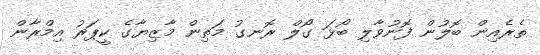
ތެރެއިން ބޮލުން ފޮނުވާލި ބޯޅަ ގޯލް ރޮނގު މަތިން މާޒިޔާގެ ކީޕަރު އިމްރާން